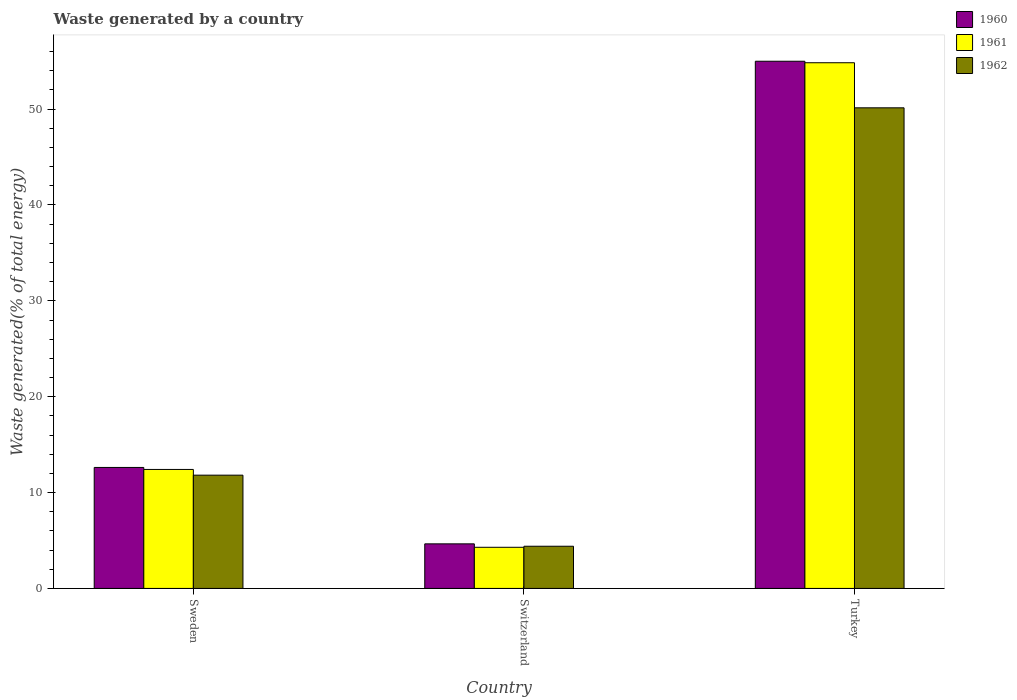
| Country | 1960 | 1961 | 1962 |
 | --- | --- | --- | --- |
 | Sweden | 12.6 | 12.4 | 11.8 |
 | Switzerland | 4.65 | 4.29 | 4.4 |
 | Turkey | 55 | 54.8 | 50.1 |